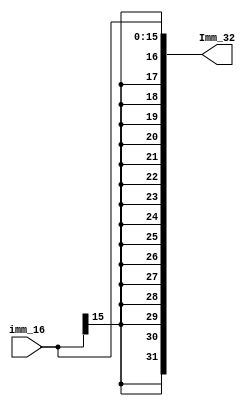
`timescale 1ns / 1ps
//////////////////////////////////////////////////////////////////////////////////
// Company: 
// Engineer: 
// 
// Design Name: 
// Module Name:    Ext_32 
// Project Name: 
// Target Devices: 
// Tool versions: 
// Description: 
//
// Dependencies: 
//
// Revision: 
// Revision 0.01 - File Created
// Additional Comments: 
//
//////////////////////////////////////////////////////////////////////////////////
module Ext_32(
	input [15:0] imm_16,
	output [31:0] Imm_32
    );
	 
	assign Imm_32[31:0] = {imm_16[15],imm_16[15],imm_16[15],imm_16[15],imm_16[15],imm_16[15],imm_16[15],imm_16[15],
									imm_16[15],imm_16[15],imm_16[15],imm_16[15],imm_16[15],imm_16[15],imm_16[15],imm_16[15],
									imm_16[15:0]};
		
endmodule